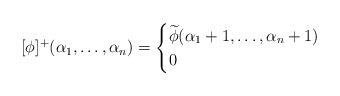
LaTeX: \begin{align*}[\phi]^+(\alpha_1,\dots,\alpha_n)=\begin{cases}\widetilde\phi(\alpha_1+1,\dots,\alpha_n+1)&\\0&\end{cases}\end{align*}